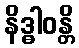
နိဒ္ဓါဝန္တိ